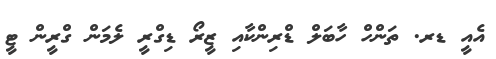
އެއީ ޑރ. ތަންހް ހާބަލް ޑްރިންކާއި ޒީރޯ ޑިގްރީ ލެމަން ގްރީން ޓީ